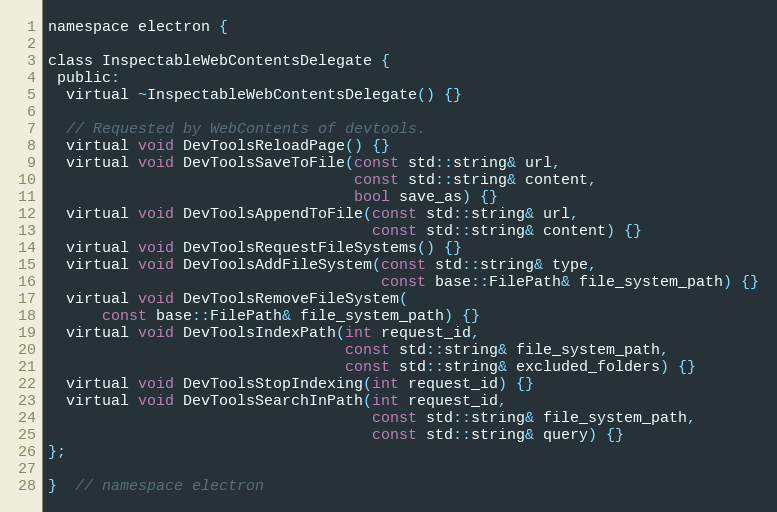
Language: C
namespace electron {

class InspectableWebContentsDelegate {
 public:
  virtual ~InspectableWebContentsDelegate() {}

  // Requested by WebContents of devtools.
  virtual void DevToolsReloadPage() {}
  virtual void DevToolsSaveToFile(const std::string& url,
                                  const std::string& content,
                                  bool save_as) {}
  virtual void DevToolsAppendToFile(const std::string& url,
                                    const std::string& content) {}
  virtual void DevToolsRequestFileSystems() {}
  virtual void DevToolsAddFileSystem(const std::string& type,
                                     const base::FilePath& file_system_path) {}
  virtual void DevToolsRemoveFileSystem(
      const base::FilePath& file_system_path) {}
  virtual void DevToolsIndexPath(int request_id,
                                 const std::string& file_system_path,
                                 const std::string& excluded_folders) {}
  virtual void DevToolsStopIndexing(int request_id) {}
  virtual void DevToolsSearchInPath(int request_id,
                                    const std::string& file_system_path,
                                    const std::string& query) {}
};

}  // namespace electron